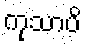
ကုသာပိ